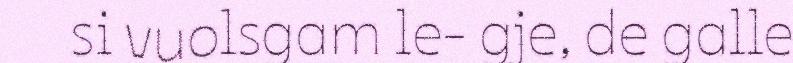
si vuolsgam le- gje, de galle